Annual vaccination report of Bihar and Orissa - 1911-1928
Year: 1911
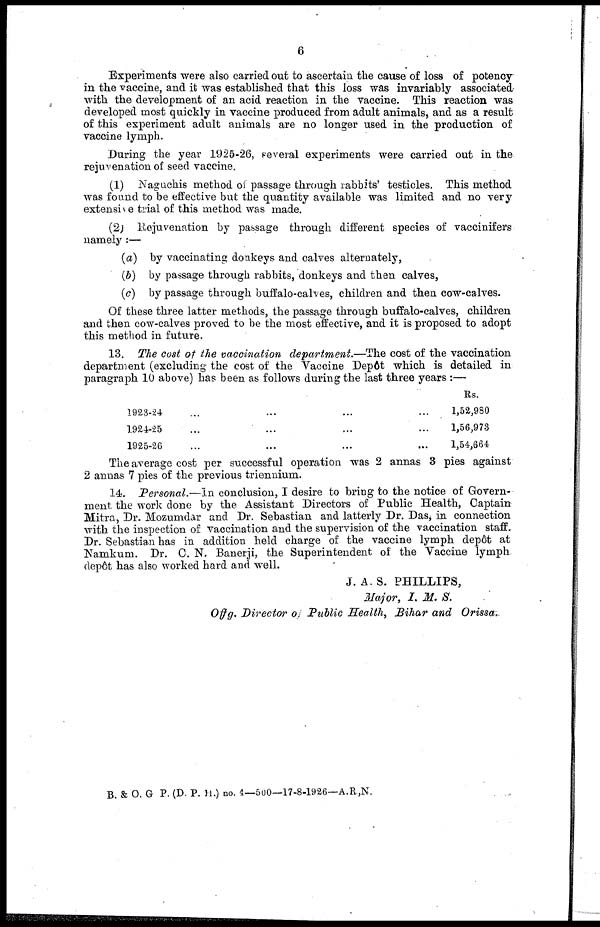
6
Experiments were also carried out to ascertain the cause of loss of potency
in the vaccine, and it was established that this loss was invariably associated
with the development of an acid reaction in the vaccine. This reaction was
developed most quickly in vaccine produced from adult animals, and as a result
of this experiment adult animals are no longer used in the production of
vaccine lymph.
During the year 1925-26, several experiments were carried out in the
rejuvenation of seed vaccine.
(1) Naguchis method of passage through rabbits' testicles. This method
was found to be effective but the quantity available was limited and no very
extensive trial of this method was made.
(2) Rejuvenation by passage through different species of vaccinifers
namely :—
(a) by vaccinating donkeys and calves alternately,
(b) by passage through rabbits, donkeys and then calves,
(c) by passage through buffalo-calves, children and then cow-calves.
Of these three latter methods, the passage through buffalo-calves, children
and then cow-calves proved to be the most effective, and it is proposed to adopt
this method in future.
13. The cost of the vaccination department.—The cost of the vaccination
department (excluding the cost of the Vaccine Depôt which is detailed in
paragraph 10 above) has been as follows during the last three years :—
1923-24...
1924-25...
1925-26...
Rs.
1,52,980
1,56,973
1,54,664
The average cost per successful operation was 2 annas 3 pies against
2 annas 7 pies of the previous triennium.
14. Personal.—In conclusion, I desire to bring to the notice of Govern-
ment the work done by the Assistant Directors of Public Health, Captain
Mitra, Dr. Mozumdar and Dr. Sebastian and latterly Dr. Das, in connection
with the inspection of vaccination and the supervision of the vaccination staff.
Dr. Sebastian has in addition held charge of the vaccine lymph depôt at
Namkum. Dr. C. N. Banerji, the Superintendent of the Vaccine lymph,
depôt has also worked hard and well.
J. A. S. PHILLIPS,
Major, I. M. S.
Offg. Director of Public Health, Bihar and Orissa.
B. & O. G P. (D. P. H.) no. 4—500—17-8-1926—A.R,N.